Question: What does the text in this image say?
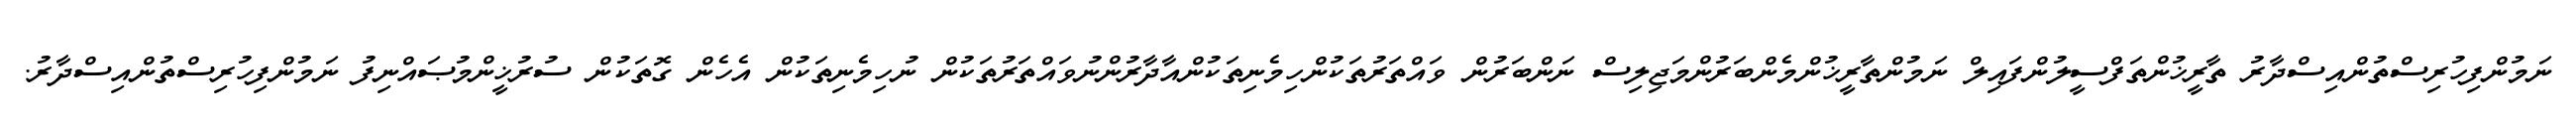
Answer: ނަމުންފިހުރިސްތުންއިސްދާރު ތާރީޚުންތަފްސީލުންފައިލް ނަމުންތާރީޚުންމެންބަރުންމަޖިލިސް ނަންބަރުން ވައްތަރުތަކުންހިމެނިތަކުންއާދާރުންނުވައްތަރުތަކުން ނުހިމެނިތަކުން އެހެން ގޮތަކުން ސުރުޚީންމުޞައްނިފު ނަމުންފިހުރިސްތުންއިސްދާރު.